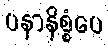
ပနာနိစ္စံပေ